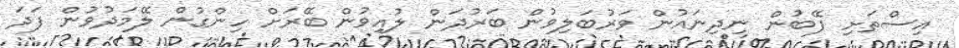
އިސްތަށި ފޭބުން ނިދިނައުން ވަރުބަލިވުން ބަރުދަން ލުއިވުން ބޭރަށް ހިންގުން ލޭމަދުވުން ފަދަ